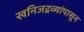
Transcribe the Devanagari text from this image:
खनिजद्रव्यांपासून